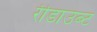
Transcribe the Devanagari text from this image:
रीडाउब्ट